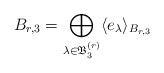
\begin{align*} B_{r,3}=\bigoplus_{\lambda\in \mathfrak{B}_3^{(r)}}\langle e_{\lambda} \rangle_{B_{r,3}} \end{align*}